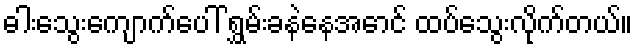
ဓါးသွေးကျောက်ပေါ် ရွှမ်းခနဲနေအောင် ထပ်သွေးလိုက်တယ်။